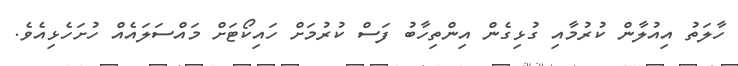
ހާލަތު އިއުލާން ކުރުމާއި ގުޅިގެން އިންތިހާބު ފަސް ކުރުމަށް ހައިކޯޓަށް މައްސަލައެއް ހުށަހެޅިއެވެ.